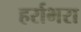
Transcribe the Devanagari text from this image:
हर्राभरा